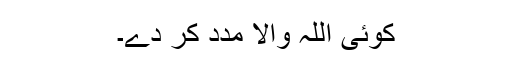
کوئی اللہ والا مدد کر دے۔